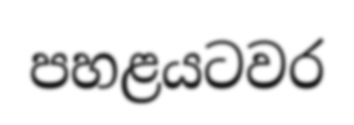
පහළයටවර